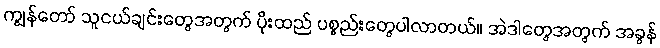
ကျွန်တော် သူငယ်ချင်းတွေအတွက် ပိုးထည် ပစ္စည်းတွေပါလာတယ်။ အဲဒါတွေအတွက် အခွန်